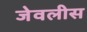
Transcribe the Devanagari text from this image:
जेवलीस